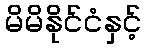
မိမိနိုင်ငံနှင့်